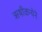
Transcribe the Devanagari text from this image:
ऋषीकन्येने